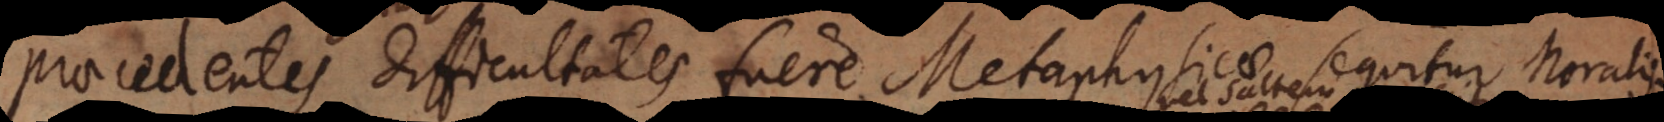
Praecedentes difficultates fuere Metaphysicae, sequitur Moralis.